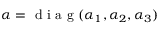
\boldsymbol { \alpha } = \mathrm { ~ d ~ i ~ a ~ g ~ } ( \alpha _ { 1 } , \alpha _ { 2 } , \alpha _ { 3 } )